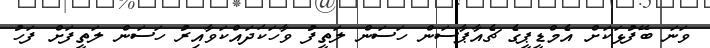
ވަނަ ބޭފުޅަކަށް އެމްޑީޕީގެ ޗެއާޕާސަން ހަސަން ލަތީފު ވާހަކަދައްކަވާއިރު ހަސަން ލަތީފަށް ފަހު